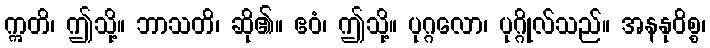
ဣတိ၊ ဤသို့။ ဘာသတိ၊ ဆို၏။ ဧဝံ၊ ဤသို့။ ပုဂ္ဂလော၊ ပုဂ္ဂိုလ်သည်။ အနနုဝိစ္စ၊